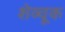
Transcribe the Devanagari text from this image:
शेव्चूक